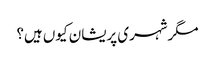
مگرشہری پریشان کیوں ہیں؟